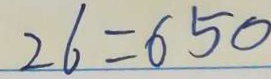
2 6 = 6 5 0